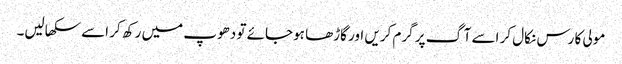
مولی کا رس نکال کر اسے آگ پر گرم کریں اور گاڑھا ہوجائے تو دھوپ میں رکھ کر اسے سکھالیں۔